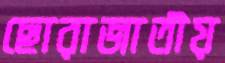
ছোরাজাতীয়